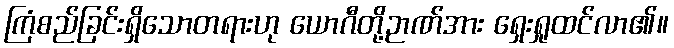
ကြံစည်ခြင်းရှိသောတရားဟု ယောဂီတို့ဉာဏ်အား ရှေးရှုထင်လာ၏။